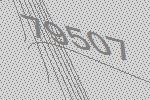
79507